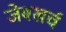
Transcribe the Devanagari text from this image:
जेबखर्च